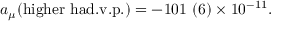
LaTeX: a _ { \mu } ( \mathrm { h i g h e r ~ h a d . v . p . } ) = - 1 0 1 \ ( 6 ) \times 1 0 ^ { - 1 1 } .